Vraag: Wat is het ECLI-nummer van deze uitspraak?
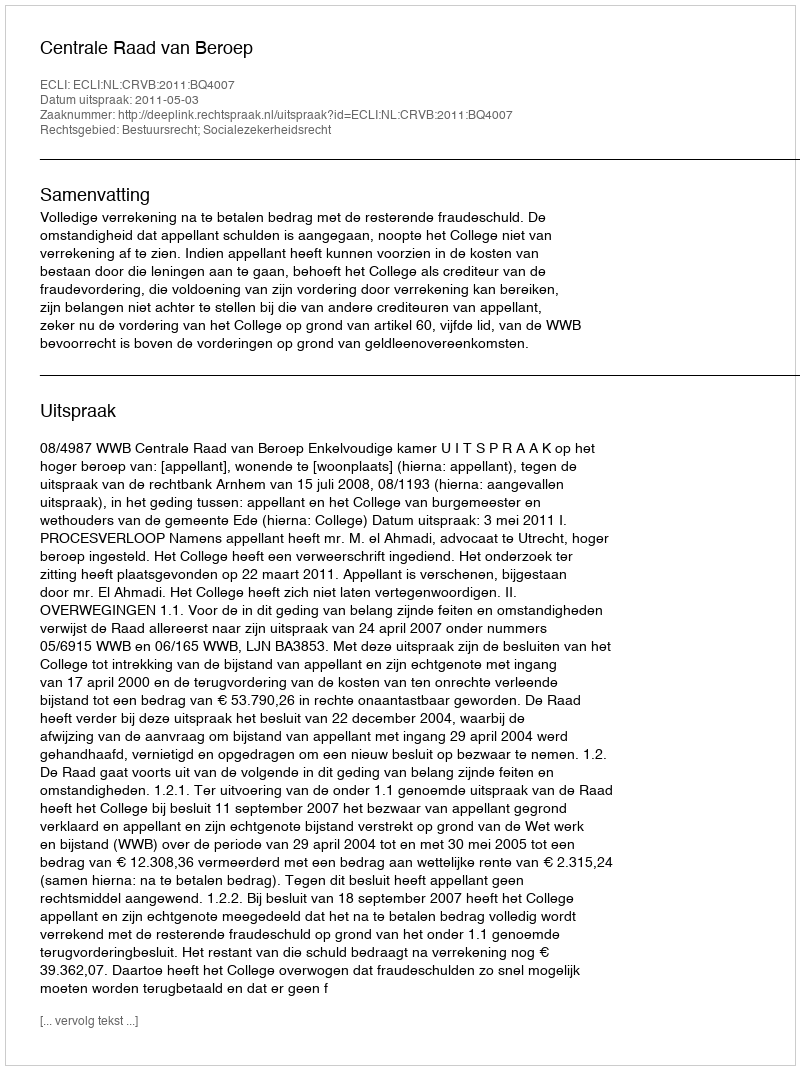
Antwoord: ECLI:NL:CRVB:2011:BQ4007